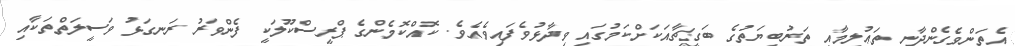
އެތަންވެގެންދާނީ ތަޢުލީމާއި ތަރުބިޔަތުގެ ބަގީޗާއަކަށްކަމުގައި ވިދާޅުވެފައިވެއެވެ. ކޮއްކޮމެންގެ ޕްރީސްކޫލަކީ ފެންވަރު ރަނގަޅު ވަސީލަތްތަކާއި